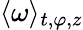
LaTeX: \langle\omega\rangle_{t,\varphi,z}